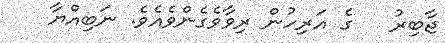
ޖާބިރު   ގެ އަރިހުން ރިވާވެގެންވެއެވެ. ނަބިއްޔާ